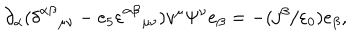
LaTeX: \partial _ { \alpha } ( \delta _ { \quad \mu \nu } ^ { \alpha \beta } - e _ { 5 } \varepsilon _ { \quad \mu \nu } ^ { \alpha \beta } ) v ^ { \mu } \Psi ^ { \nu } e _ { \beta } = - ( j ^ { \beta } / \varepsilon _ { 0 } ) e _ { \beta } ,